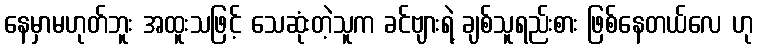
နေမှာမဟုတ်ဘူး အထူးသဖြင့် သေဆုံးတဲ့သူက ခင်ဗျားရဲ့ ချစ်သူရည်းစား ဖြစ်နေတယ်လေ ဟု